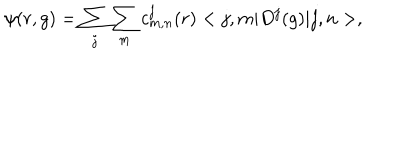
LaTeX: \psi ( r , g ) = \sum _ { j } \sum _ { m } c _ { m , n } ^ { j } ( r ) < j , m | D ^ { j } ( g ) | j , n > ,